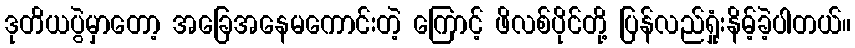
ဒုတိယပွဲမှာတော့ အခြေအနေမကောင်းတဲ့ ကြောင့် ဖိလစ်ပိုင်တို့ ပြန်လည်ရှုံးနိမ့်ခဲ့ပါတယ်။